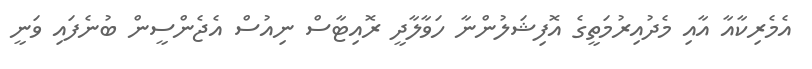
އެމެރިކާއާ އާއި މެދުއިރުމަތީގެ އޮފިޝަލުންނާ ހަވާލާދީ ރޮއިޓާސް ނިއުސް އެޖެންސީން ބުނެފައި ވަނީ